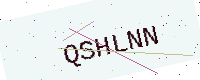
Text: QSHLNN